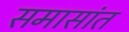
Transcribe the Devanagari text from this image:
समासांत